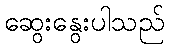
ဆွေးနွေးပါသည်